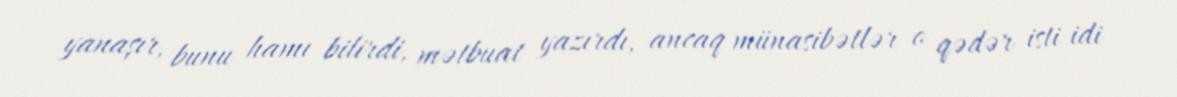
yanaşır, bunu hamı bilirdi, mətbuat yazırdı, ancaq münasibətlər o qədər isti idi